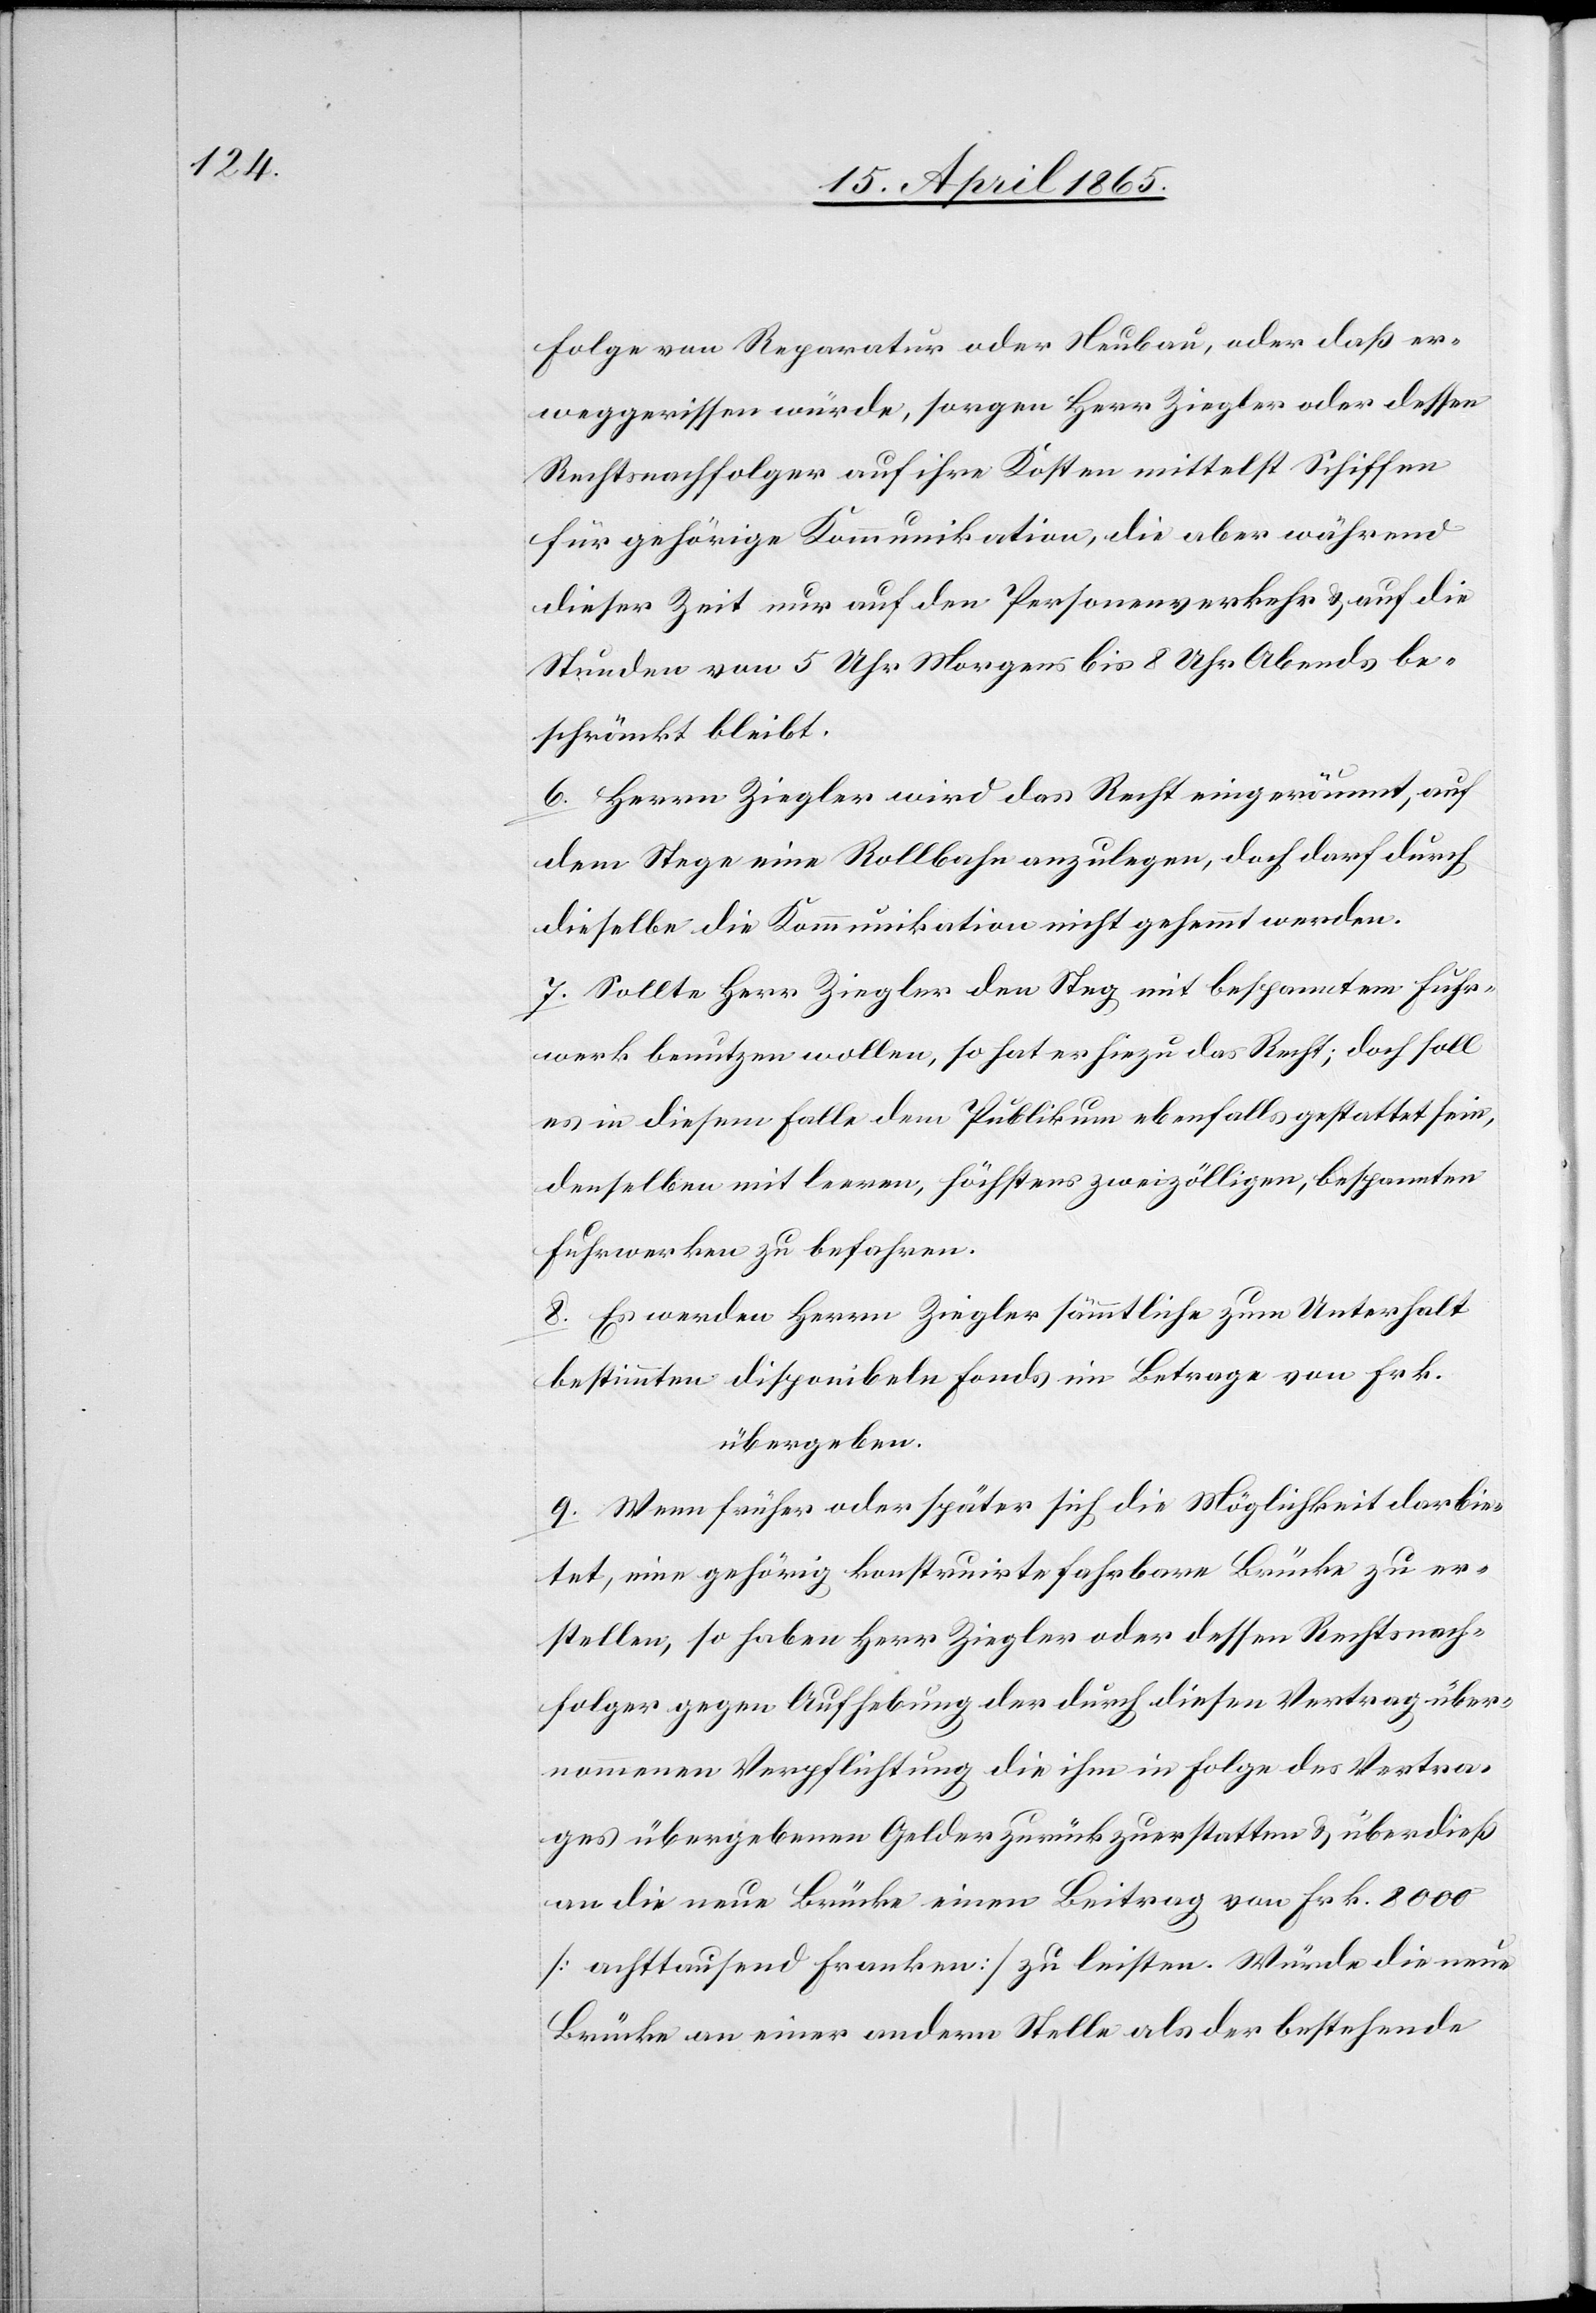
Folge von Reparatur oder Neubau, oder daß er
weggerissen würde, sorgen Herr Ziegler oder dessen
Rechtsnachfolger auf ihre Kosten mittelst Schiffen
für gehörige Kommunikation, die aber während
dieser Zeit nur auf den Personenverkehr & auf die
Stunden von 5 Uhr Morgens bis 8 Uhr Abends be¬
schränkt bleibt.
6. Herrn Ziegler wird das Recht eingeräumt, auf
dem Stege eine Rollbahn anzulegen, doch darf durch
dieselbe die Kommunikation nicht gehemmt werden.
7. Sollte Herr Ziegler den Steg mit bespanntem Fuhr¬
werk benutzen wollen, so hat er hiezu das Recht; doch soll
es in diesem Falle dem Publikum ebenfalls gestattet sein,
denselben mit leeren, höchstens zweizölligen, bespannten
Fuhrwerken zu befahren.
8. Es werden Herrn Ziegler sämmtliche zum Unterhalt
bestimmten disponibeln Fonds im Betrage von Frk.
übergeben.
9. Wenn früher oder später sich die Möglichkeit darbie¬
tet, eine gehörig konstruirte fahrbare Brücke zu er¬
stellen, so haben Herr Ziegler oder dessen Rechtsnach¬
folger gegen Aufhebung der durch diesen Vertrag über¬
nommenen Verpflichtung die ihm in Folge des Vertra¬
ges übergebenen Gelder zurückzuerstatten & überdieß
an die neue Brücke einen Beitrag von Frk. 8000
[achttausend Franken] zu leisten. Würde die neue
Brücke an einer andern Stelle als der bestehende